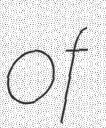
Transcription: of